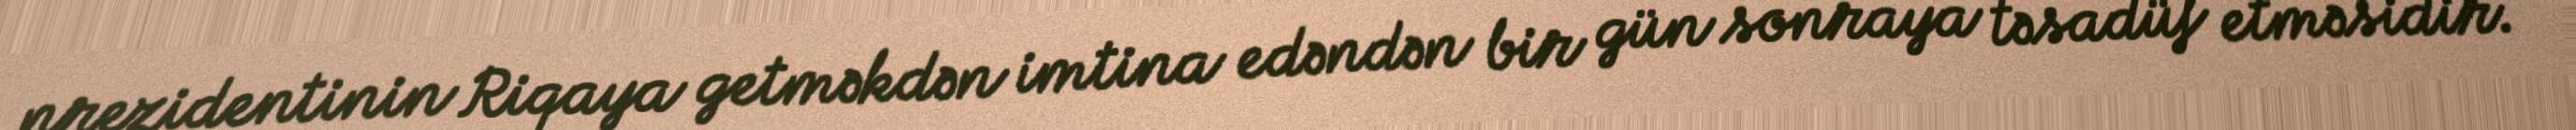
prezidentinin Riqaya getməkdən imtina edəndən bir gün sonraya təsadüf etməsidir.